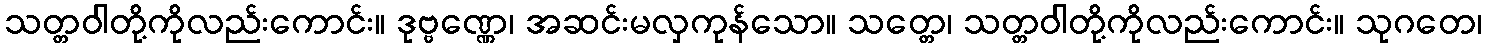
သတ္တဝါတို့ကိုလည်းကောင်း။ ဒုဗ္ဗဏ္ဏေ၊ အဆင်းမလှကုန်သော။ သတ္တေ၊ သတ္တဝါတို့ကိုလည်းကောင်း။ သုဂတေ၊